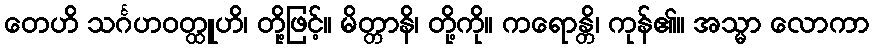
တေဟိ သင်္ဂဟဝတ္ထူဟိ၊ တို့ဖြင့်။ မိတ္တာနိ၊ တို့ကို။ ကရောန္တိ၊ ကုန်၏။ အသ္မာ လောကာ